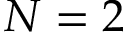
N = 2